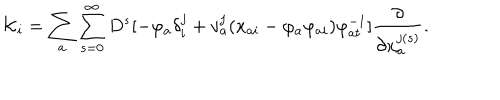
LaTeX: { \cal K } _ { i } = \sum _ { a } \sum _ { s = 0 } ^ { \infty } D ^ { s } [ - \varphi _ { a } \delta _ { i } ^ { j } + v _ { a } ^ { j } ( x _ { a i } - \varphi _ { a } \varphi _ { a i } ) \varphi _ { a t } ^ { - 1 } ] \frac { \partial } { \partial x _ { a } ^ { j ( s ) } } .